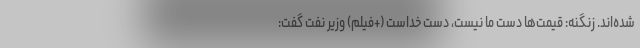
شده‌اند. زنگنه: قیمت‌ها دست ما نیست، دست خداست (+فیلم) وزیر نفت گفت: